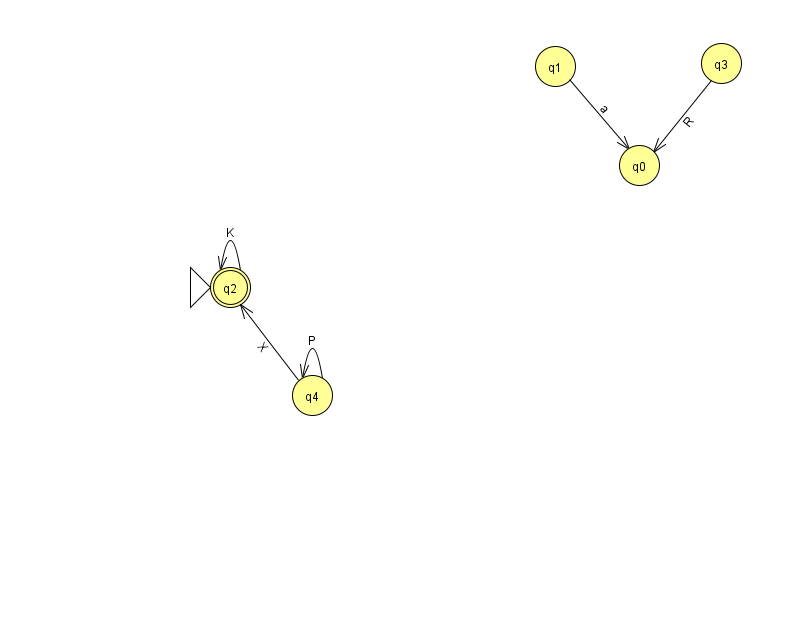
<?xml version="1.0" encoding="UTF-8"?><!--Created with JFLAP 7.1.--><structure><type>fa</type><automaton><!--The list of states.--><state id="0" name="q0"><x>639.0</x><y>152.0</y></state><state id="1" name="q1"><x>555.0</x><y>53.0</y></state><state id="2" name="q2"><x>230.0</x><y>274.0</y><initial/><final/></state><state id="3" name="q3"><x>721.0</x><y>50.0</y></state><state id="4" name="q4"><x>312.0</x><y>382.0</y></state><!--The list of transitions.--><transition><from>4</from><to>4</to><read>P</read></transition><transition><from>1</from><to>0</to><read>a</read></transition><transition><from>3</from><to>0</to><read>R</read></transition><transition><from>2</from><to>2</to><read>K</read></transition><transition><from>4</from><to>2</to><read>X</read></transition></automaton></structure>